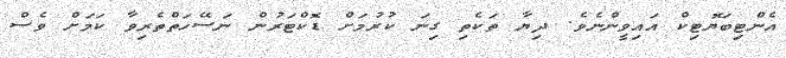
އެންޓިބަޔޮޓިކް އައިވީންނެވެ. ދިޔާ ތަކެތި ގިނަ ކުރުމަށް ޑޮކްޓަރުން ނަސޭހަތްތެރިވާ ކަމަށް ވެސް